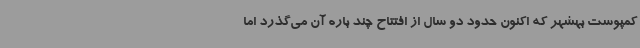
کمپوست بهشهر که اکنون حدود دو سال از افتتاح چند باره آن می‌گذرد اما